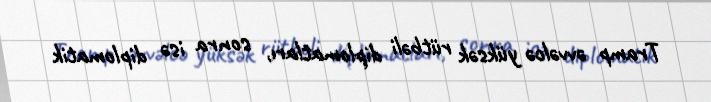
Tramp əvvəlcə yüksək rütbəli diplomatları, sonra isə diplomatik